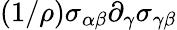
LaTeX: (1/\rho)\sigma_{\alpha\beta}\partial_{\gamma}\sigma_{\gamma\beta}